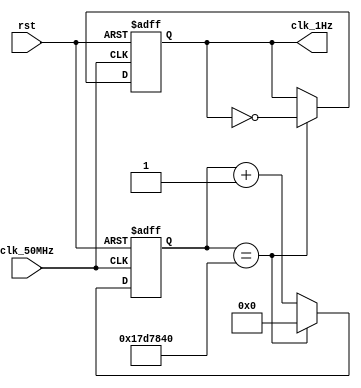
// CONVERTS A 50 MHz CLOCK TO A 1 Hz CLOCK

module clock_divider(clk_50MHz, rst, clk_1Hz);

	input clk_50MHz, rst;
	output reg clk_1Hz;
	reg [24:0] count;		// log_2[(50MHz/1Hz)/2] = 24.575... => 25

	always @(posedge clk_50MHz, posedge rst) begin
		if(rst == 1) begin
			count <= 0;
			clk_1Hz <= 0;
		end
		else if(count == 25_000_000) begin
			count <= 0;
			clk_1Hz <= ~clk_1Hz;
		end
		else begin
			count <= count + 1;
			clk_1Hz <= clk_1Hz;
		end
	end

endmodule